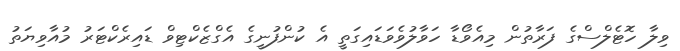
ވިލާ ހޮޓެލްސްގެ ފަރާތުން މިއެވޯޑާ ހަވާލުވެވަޑައިގަތީ އެ ކުންފުނީގެ އެގްޒެކްޓިވް ޑައިރެކްޓަރު މުއާވިޔަތު